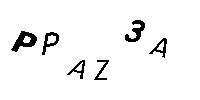
PPAZ3A